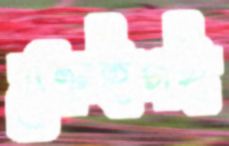
ক্রেইগই